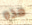
هذه